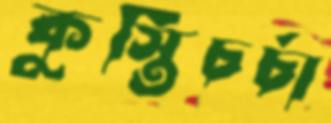
কুস্তিচর্চা